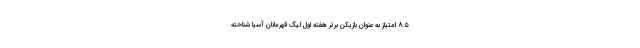
۸.۵ امتیاز به عنوان بازیکن برتر هفته اول لیگ قهرمانان آسیا شناخته